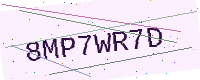
Text: 8MP7WR7D